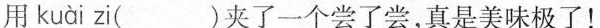
用 kuài zi( )夹了一个尝了尝，真是美味极了！